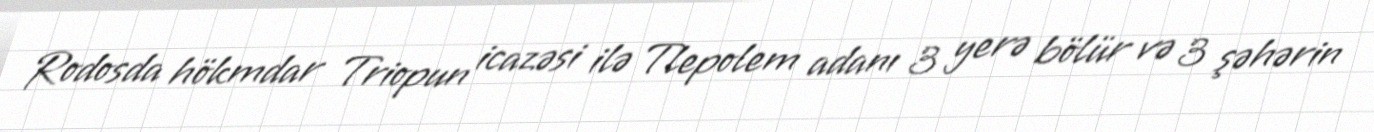
Rodosda hökmdar Triopun icazəsi ilə Tlepolem adanı 3 yerə bölür və 3 şəhərin